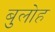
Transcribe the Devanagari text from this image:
बुलोह